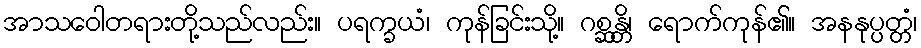
အာသဝေါတရားတို့သည်လည်း။ ပရက္ခယံ၊ ကုန်ခြင်းသို့။ ဂစ္ဆန္တိ၊ ရောက်ကုန်၏။ အနနုပ္ပတ္တံ၊